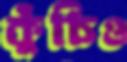
কুঁচিও